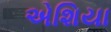
એશિયા